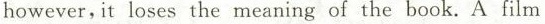
however,it loses the meaning of the book. A film